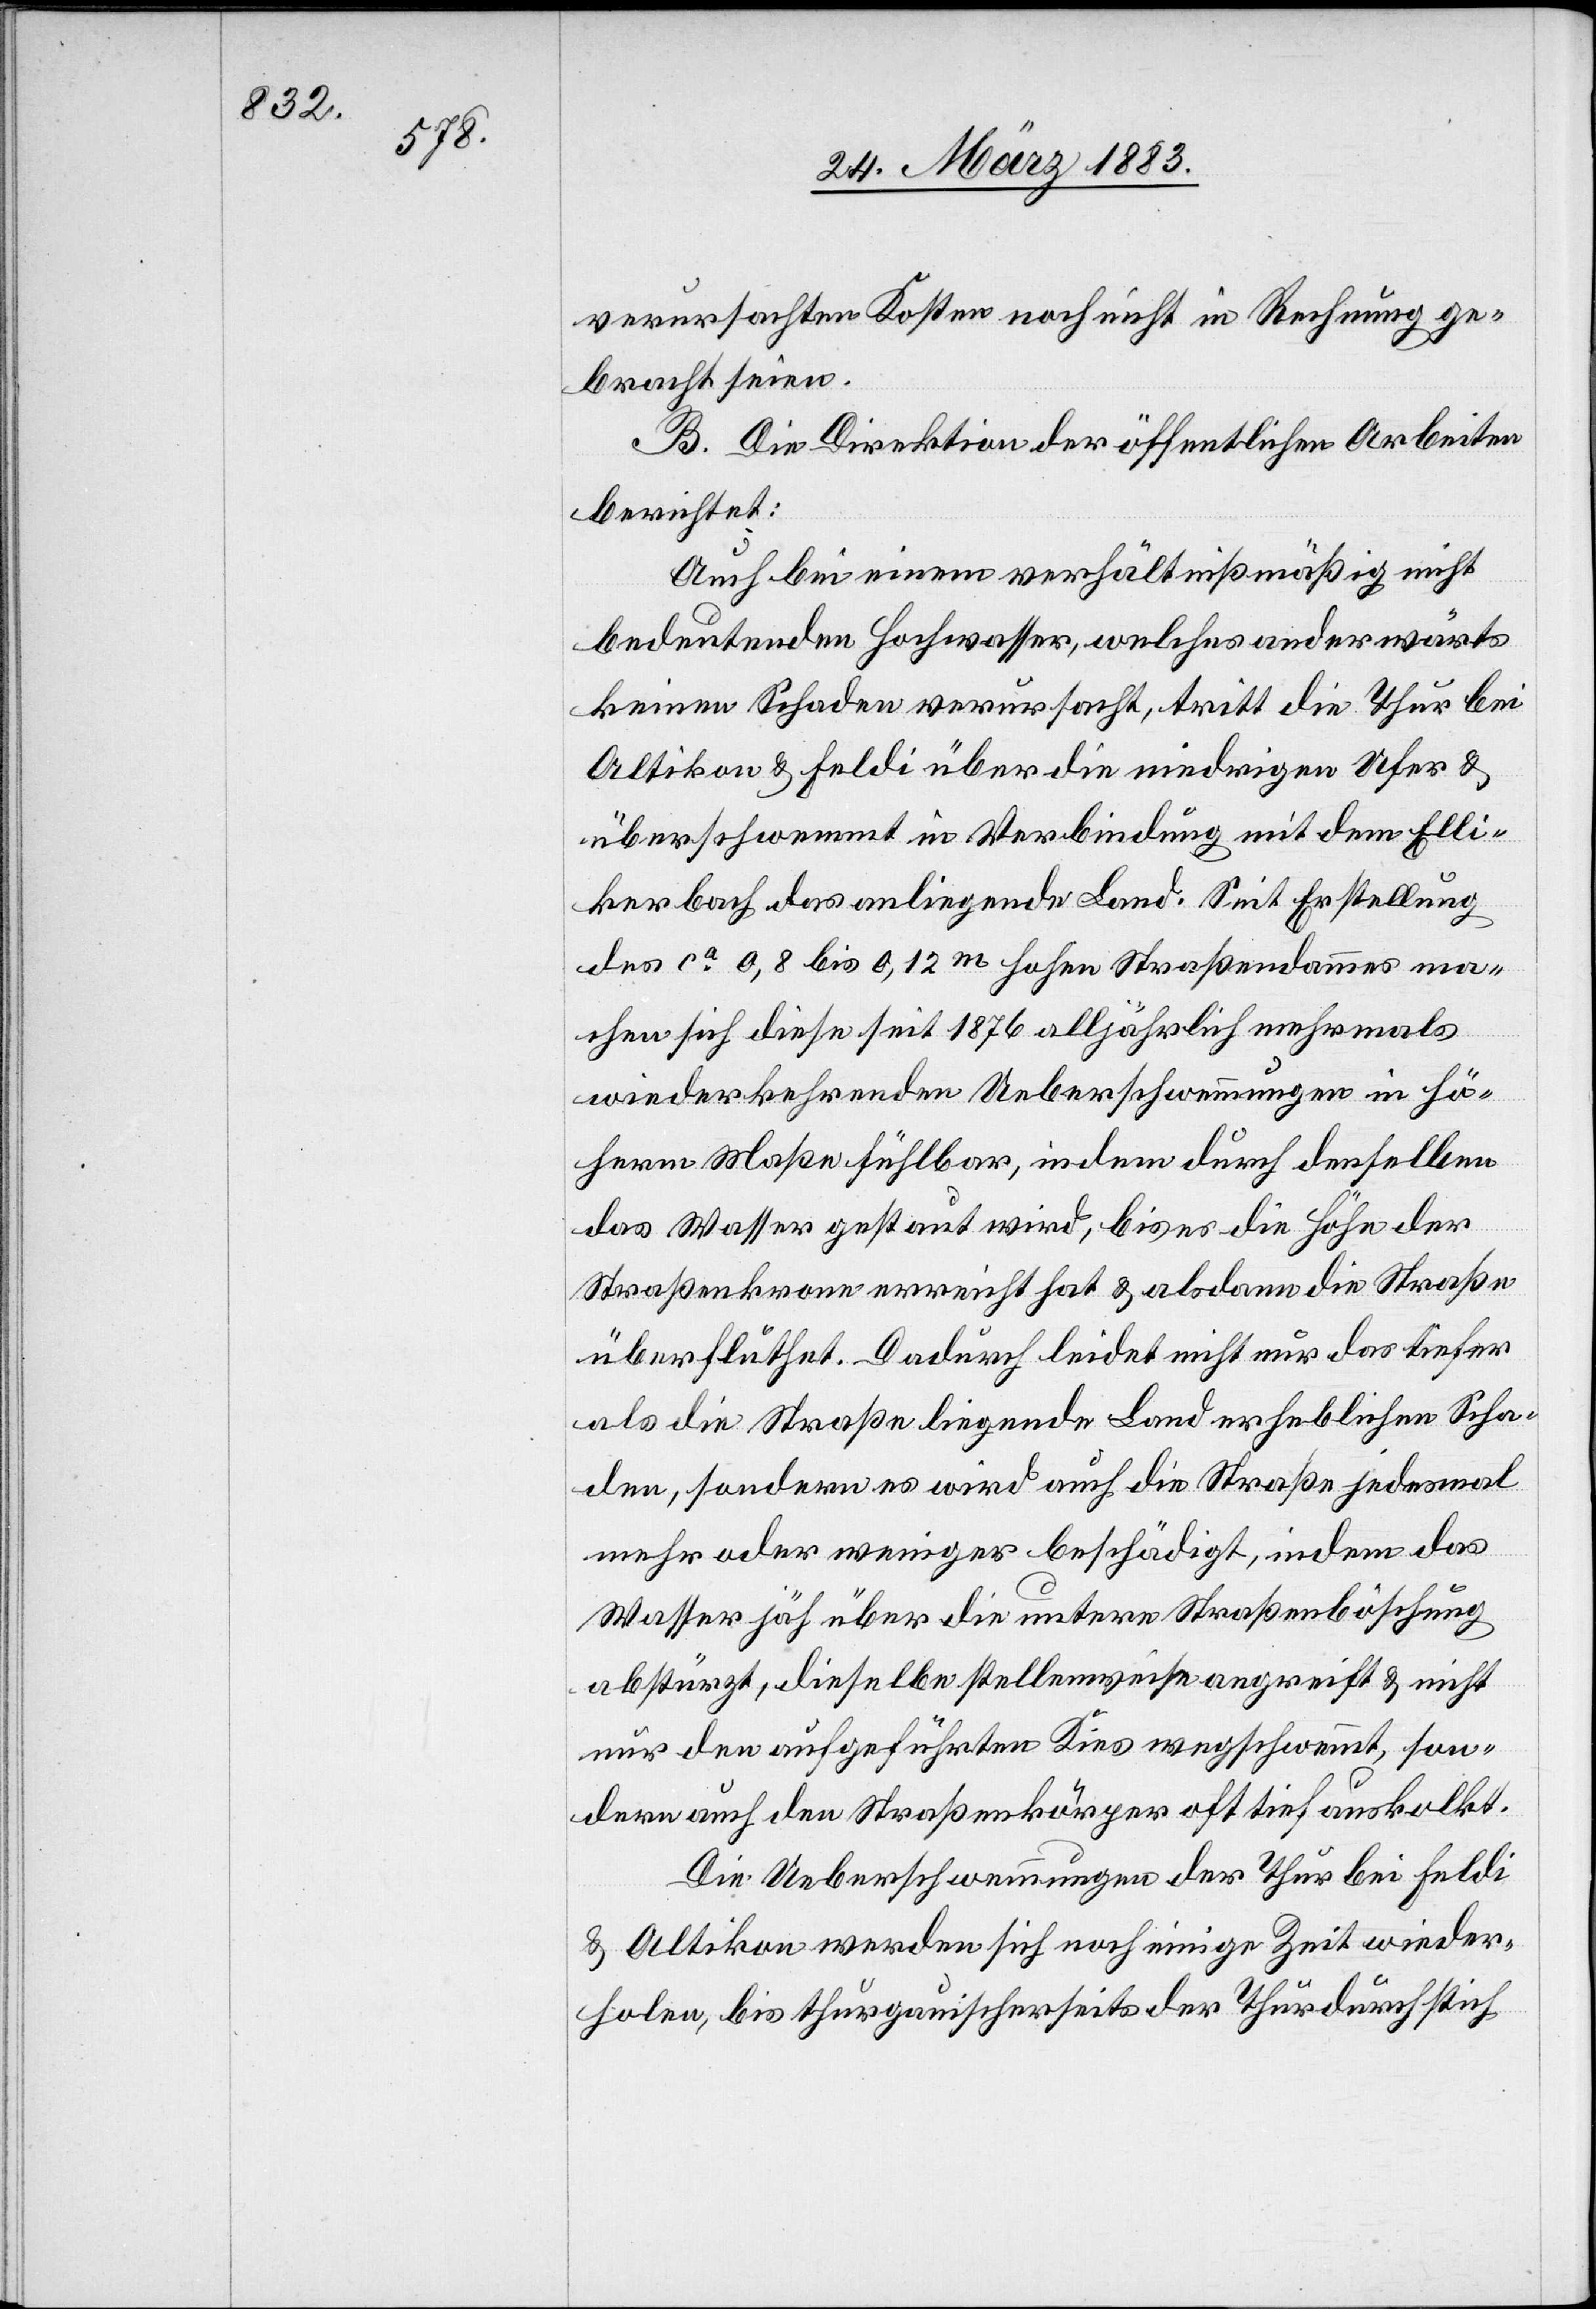
verursachten Kosten noch nicht in Rechnung ge¬
bracht seien.
B. Die Direktion der öffentlichen Arbeiten
berichtet:
Auch bei einem verhältnißmäßig nicht
bedeutenden Hochwasser, welches anderwärts
keinen Schaden verursacht, tritt die Thur bei
Altikon & Feldi über die niedrigen Ufer &
überschwemmt in Verbindung mit dem Elli¬
kerbach das anliegende Land. Seit Erstellung
des ca 0,8 bis 0,12m hohen Straßendammes ma¬
chen sich diese seit 1876 alljährlich mehrmals
wiederkehrenden Ueberschwemmungen in hö¬
herm Maße fühlbar, indem durch denselben
das Wasser gestaut wird, bis es die Höhe der
Straßenkrone erreicht hat & alsdann die Straße
überfluthet. Dadurch leidet nicht nur das tiefer
als die Straße liegende Land erheblichen Scha¬
den, sondern es wird auch die Straße jedesmal
mehr oder weniger beschädigt, indem das
Wasser jäh über die untere Straßenböschung
abstürzt, dieselbe stellenweise angreift & nicht
nur den aufgeführten Kies wegschwemmt, son¬
dern auch den Straßenkörper oft tief auskolkt.
Die Ueberschwemmungen der Thur bei Feldi
& Altikon werden sich noch einige Zeit wieder¬
holen, bis thurgauischerseits der Thurdurchstich